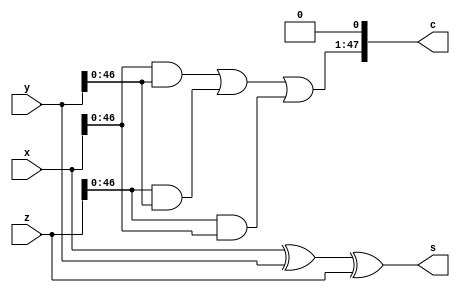
module CSA_48(x, y, z, s, c);
  input [47:0] x, y, z;
  output [47:0] s, c;

  assign s = x^y^z;
  assign c = {x[46:0]&y[46:0] | z[46:0]&y[46:0] | z[46:0]&x[46:0], 1'b0};

endmodule